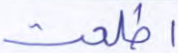
اطلعت